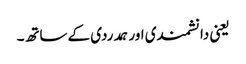
یعنی دانشمندی اور ہمدردی کے ساتھ۔